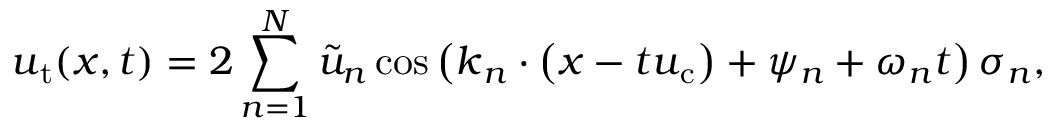
\boldsymbol { u } _ { \mathrm { t } } ( \boldsymbol { x } , t ) = 2 \sum _ { n = 1 } ^ { N } \tilde { u } _ { n } \cos \left( \boldsymbol { k } _ { n } \cdot \left( \boldsymbol { x } - t \boldsymbol { u } _ { \mathrm { c } } \right) + \psi _ { n } + \omega _ { n } t \right) \boldsymbol { \sigma } _ { n } ,